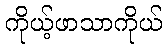
ကိုယ့်ဖာသာကိုယ်